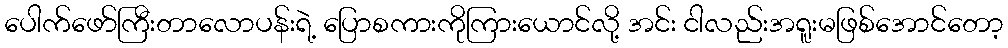
ပေါက်ဖော်ကြီးတာလောပန်းရဲ့ ပြောစကားကိုကြားယောင်လို့ အင်း ငါလည်းအရူးမဖြစ်အောင်တော့